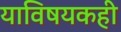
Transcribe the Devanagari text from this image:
याविषयकही